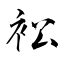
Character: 衳